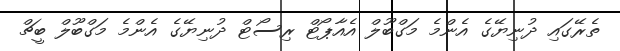
ތެރޭގައި ދުނިޔޭގެ އެންމެ މަގްބޫލް އެއާޕޯޓް ރިސޯޓް ދުނިޔޭގެ އެންމެ މަގްބޫލް ބީޗް